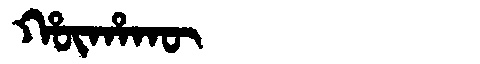
Manchu: ᡥᡡᡥᠠᡴᡡ
Romanization: HŪHAKŪ